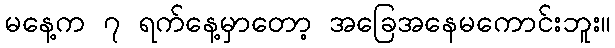
မနေ့က ၇ ရက်နေ့မှာတော့ အခြေအနေမကောင်းဘူး။